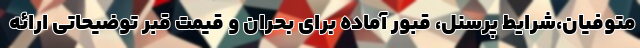
متوفیان،شرایط پرسنل، قبور آماده برای بحران و قیمت قبر توضیحاتی ارائه